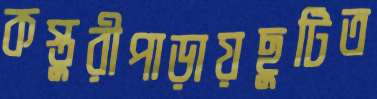
কস্তুরীপাড়ায়ছুটিত